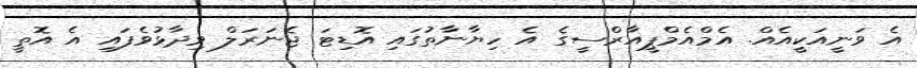
އެ ވަނީއަކީއެއް. އެމްއެމްޕީއާރްސީގެ އެ ހިޔާނާތުގައި އޮޑިޓަ ޖެނަރަލް ވިދާޅުވެފައި އެ އޮތީ